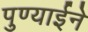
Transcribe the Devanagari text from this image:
पुण्याईने